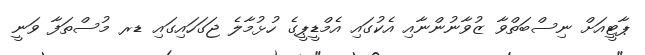
ޕާޓީއަށް ނިސްބަތްވާ ޒުވާނުންނާއި އެކުގައި އެމްޑީޕީގެ ހުޅުމާލެ ޖަގަހައިގައި ޑރ މުސްތަފާ ވަނީ